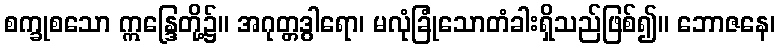
စက္ခုစသော ဣန္ဒြေတို့၌။ အဂုတ္တဒွါရော၊ မလုံခြုံသောတံခါးရှိသည်ဖြစ်၍။ ဘောဇနေ၊